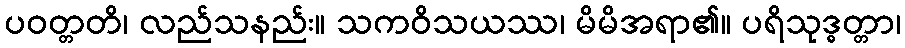
ပဝတ္တတိ၊ လည်သနည်း။ သကဝိသယဿ၊ မိမိအရာ၏။ ပရိသုဒ္ဓတ္တာ၊